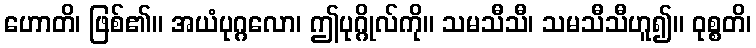
ဟောတိ၊ ဖြစ်၏။ အယံပုဂ္ဂလော၊ ဤပုဂ္ဂိုလ်ကို။ သမသီသီ၊ သမသီသီဟူ၍။ ဝုစ္စတိ၊